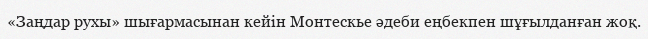
«Заңдар рухы» шығармасынан кейін Монтескье әдеби еңбекпен шұғылданған жоқ.